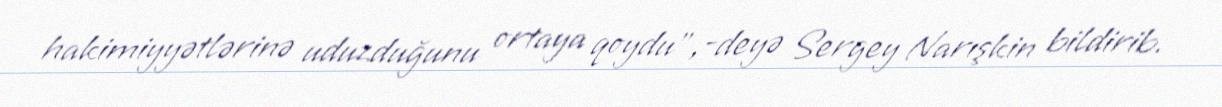
hakimiyyətlərinə uduzduğunu ortaya qoydu”,-deyə Sergey Narışkin bildirib.